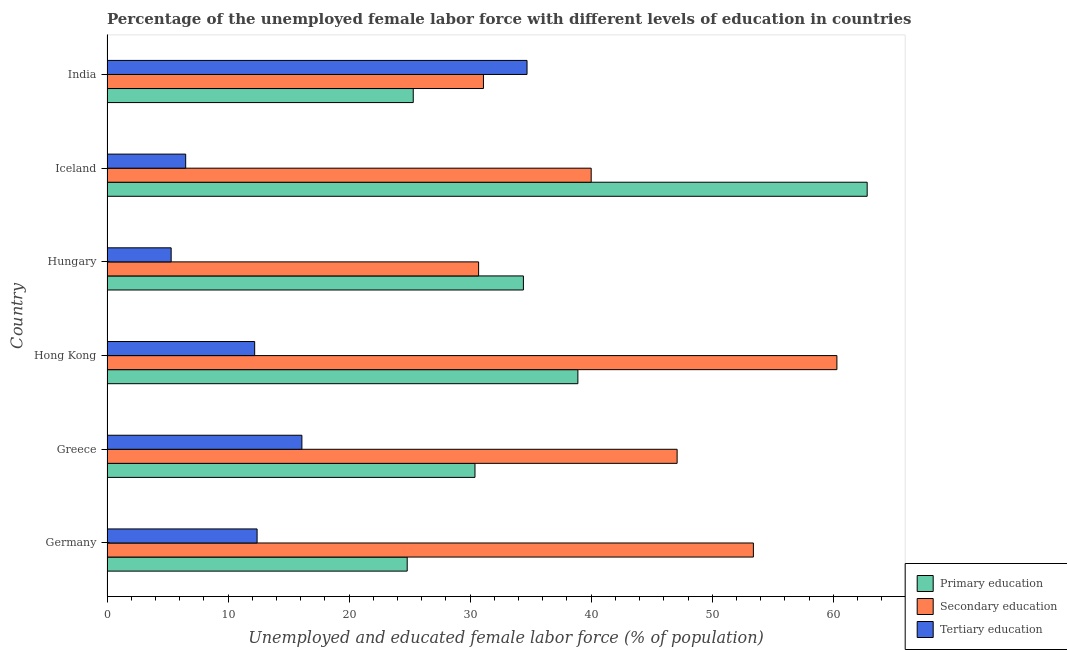
| Country | Primary education | Secondary education | Tertiary education |
 | --- | --- | --- | --- |
 | Germany | 24.8 | 53.4 | 12.4 |
 | Greece | 30.4 | 47.1 | 16.1 |
 | Hong Kong | 38.9 | 60.3 | 12.2 |
 | Hungary | 34.4 | 30.7 | 5.3 |
 | Iceland | 62.8 | 40 | 6.5 |
 | India | 25.3 | 31.1 | 34.7 |